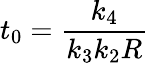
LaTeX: t_{0}=\frac{k_{4}}{k_{3}k_{2}R}